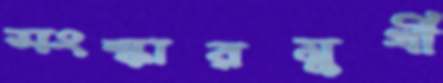
সংস্কারমুখী